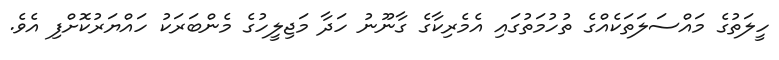
ހީލަތުގެ މައްސަލަތަކެއްގެ ތުހުމަތުގައި އެމެރިކާގެ ގާނޫނު ހަދާ މަޖިލީހުގެ މެންބަރަކު ހައްޔަރުކޮށްފި އެވެ.